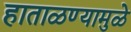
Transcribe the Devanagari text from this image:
हाताळण्यामुळे